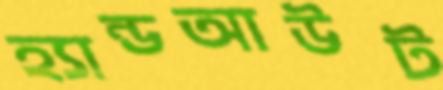
হ্যান্ডআউট